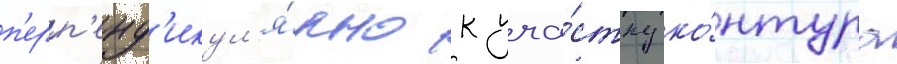
п'ерп'енд'икул'я́рно к уча́стку ко́нтура